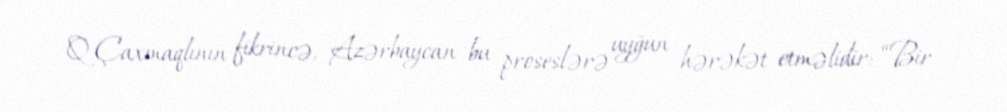
Q.Çaxmaqlının fikrincə, Azərbaycan bu proseslərə uyğun hərəkət etməlidir: “Bir